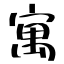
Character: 寓